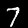
Label: 7